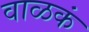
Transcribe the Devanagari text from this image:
वाळकं